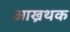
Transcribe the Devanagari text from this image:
आख्रथक